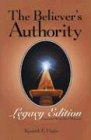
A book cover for The Believer's Authority; Kenneth E. Hagin; Christian Books & Bibles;